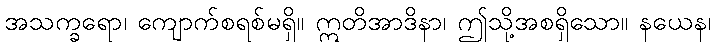
အသက္ခရော၊ ကျောက်စရစ်မရှိ။ ဣတိအာဒိနာ၊ ဤသို့အစရှိသော။ နယေန၊